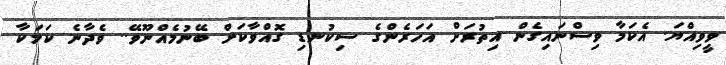
ވީވިއްޔަ. އެކަމާ ވިސްނައިގެން އިތުރަށް އަހަރެންގެ ސިކުނޑި ގޮއްވާކަށް ބޭނުމެއްނޫވޭ.. ވެދާނެ ކަމަކާ